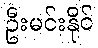
ဦးမင်းနိုင်